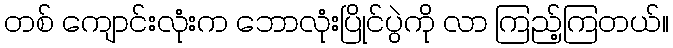
တစ် ကျောင်းလုံးက ဘောလုံးပြိုင်ပွဲကို လာ ကြည့်ကြတယ်။